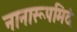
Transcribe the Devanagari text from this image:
नानारूपमिदं